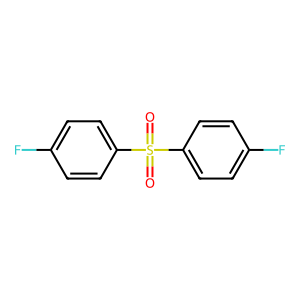
SMILES: O=S(=O)(c1ccc(F)cc1)c1ccc(F)cc1
Inhibits HIV replication: No